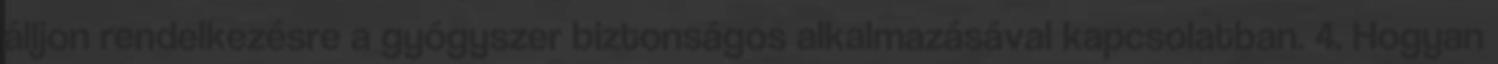
álljon rendelkezésre a gyógyszer biztonságos alkalmazásával kapcsolatban. 4. Hogyan